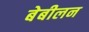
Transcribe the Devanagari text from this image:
बेबीलन